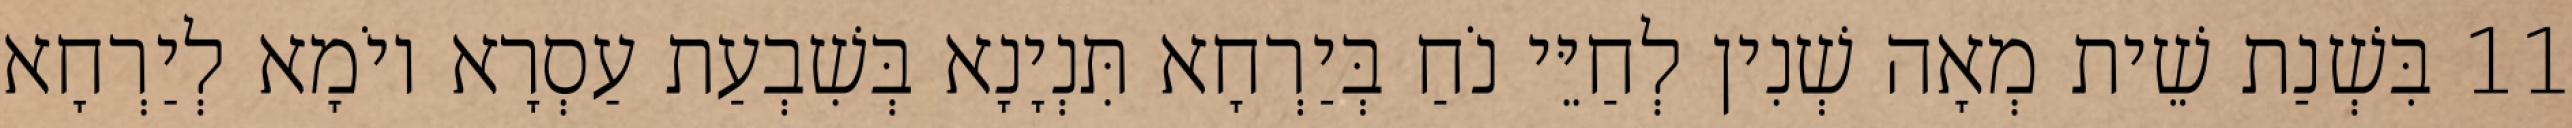
11 בִּשְׁנַת שֵׁית מְאָה שְׁנִין לְחַיֵּי נֹחַ בְּיַרְחָא תִּנְיָנָא בְּשִׁבְעַת עַסְרָא יוֹמָא לְיַרְחָא